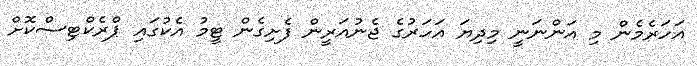
އަހަރެމެން މި އަންނަނީ މިދިޔަ އަހަރުގެ ޖެނުއަރީން ފެށިގެން ޓީމު އެކުގައި ޕްރެކްޓިސްކޮށް